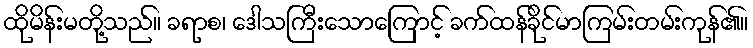
ထိုမိန်းမတို့သည်။ ခရာစ၊ ဒေါသကြီးသောကြောင့် ခက်ထန်ခိုင်မာကြမ်းတမ်းကုန်၏။